Indian journal of veterinary science and animal husbandry - Volumes 28-29, 1958-1959
Year: 1958
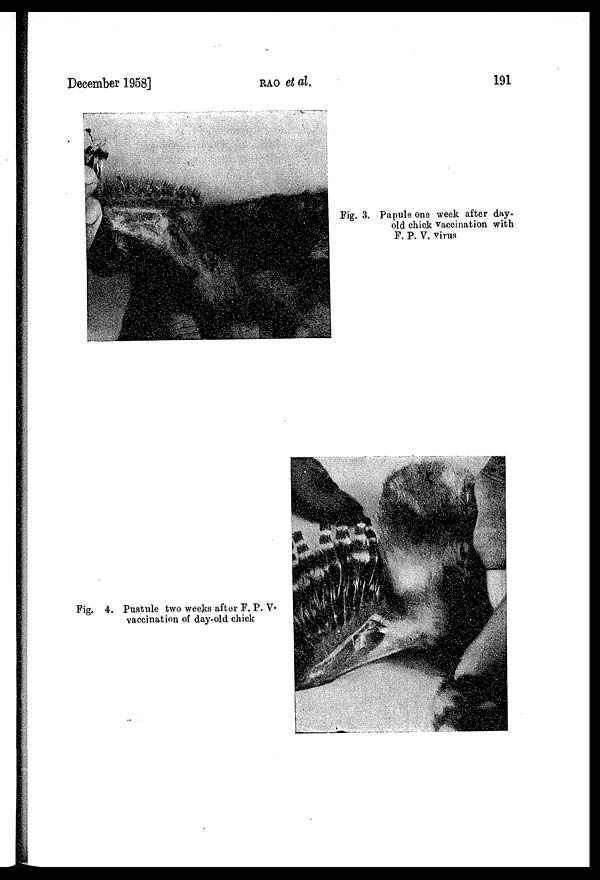
December 1958]
RAO
et
at.
191
Fig. 3. Papule one week after day-
old chick vaccination with
F. P. V. virus
Fig. 4. Pustule two weeks after F. P. V.
vaccination of day-old chick